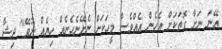
އޭނަ ނަށާ ގޮތަކަށް އެހެން އެއްވެސް މީހަކަށް ނެށޭނެހެނެއް ހިޔެއް ނުވޭ" ދިޝާ